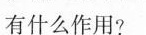
有什么作用?